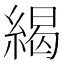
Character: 䋵